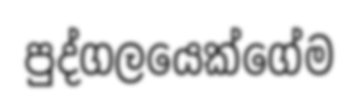
පුද්ගලයෙක්ගේම